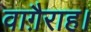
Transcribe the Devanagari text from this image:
वाग़ैराह।